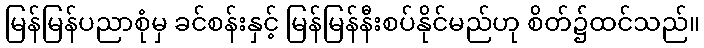
မြန်မြန်ပညာစုံမှ ခင်စန်းနှင့် မြန်မြန်နီးစပ်နိုင်မည်ဟု စိတ်၌ထင်သည်။